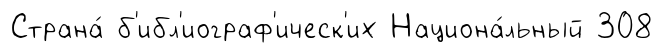
Страна́ б'ибл'иограф'ическ'их Национа́льный 308